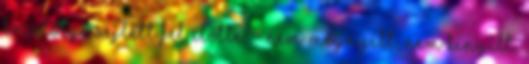
közelsége sejlett fel előtte; - nem meg­nyílt, nem kinyílt,